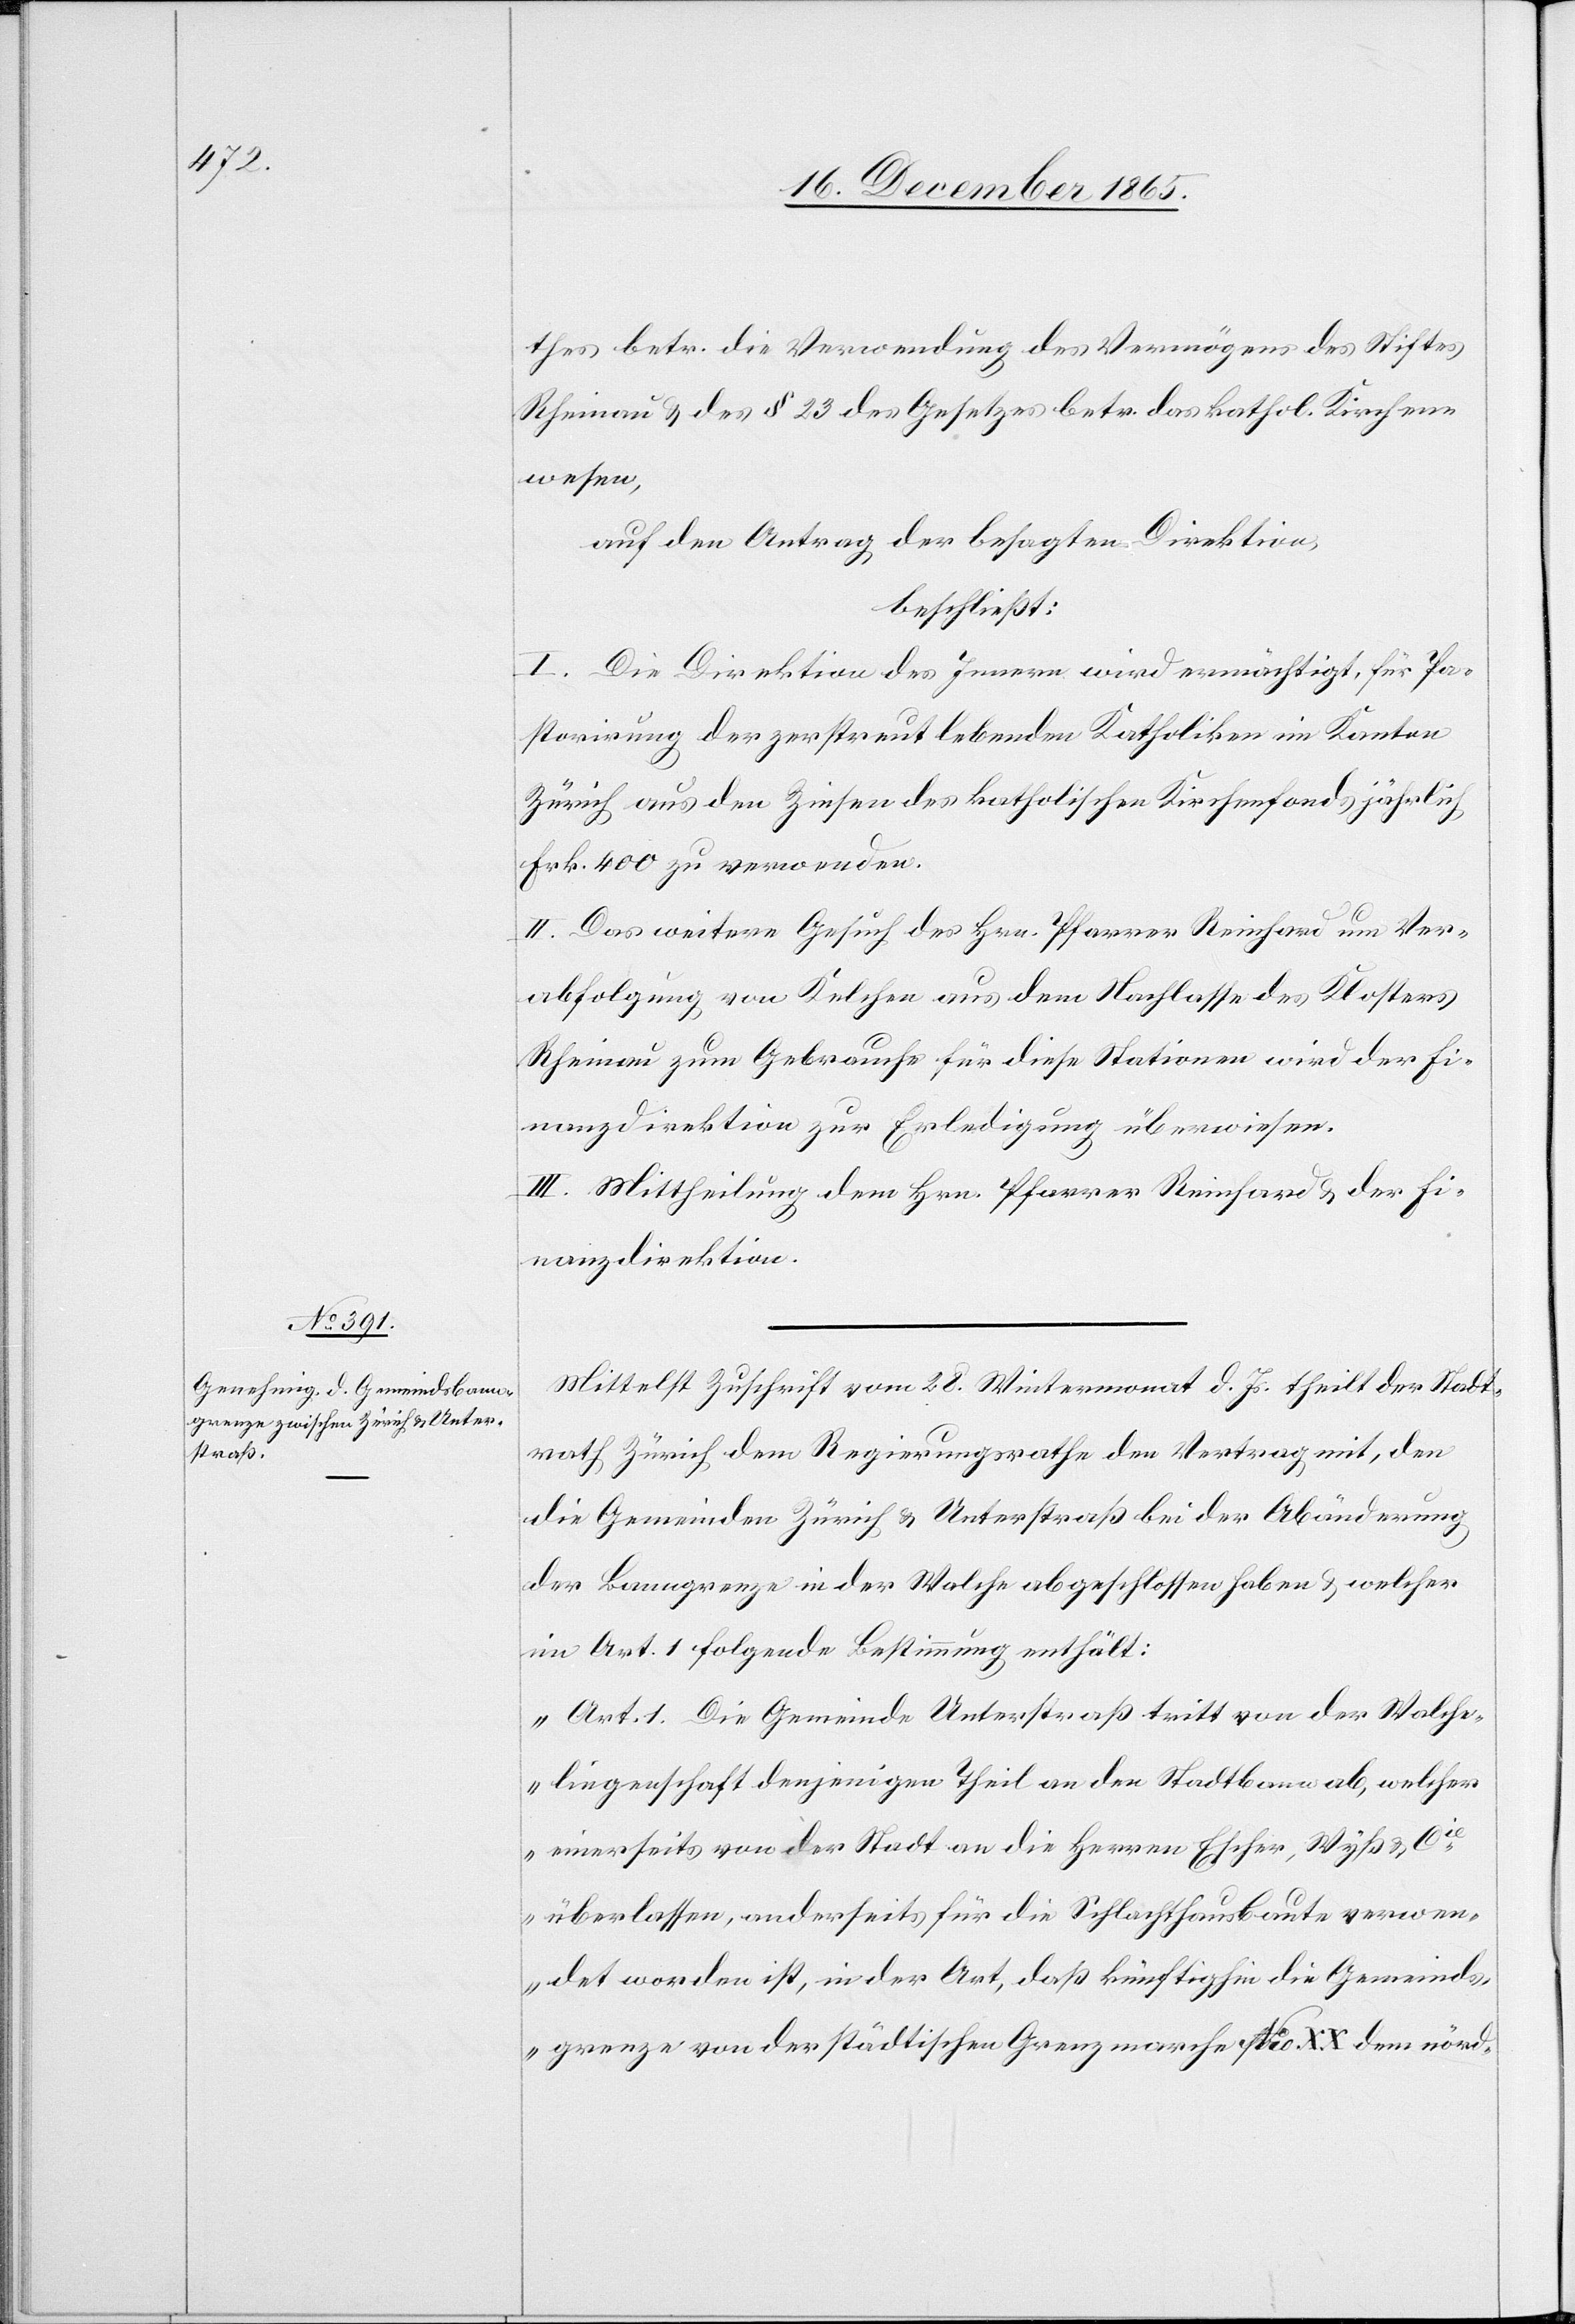
thes betr. die Verwendung des Vermögens des Stiftes
Rheinau & des § 23 des Gesetzes betr. das kathol. Kirchen¬
wesen,
auf den Antrag der besagten Direktion,
beschließt:
I. Die Direktion des Innern wird ermächtigt, für Pa¬
storirung der zerstreut lebenden Katholiken im Kanton
Zürich aus den Zinsen des katholischen Kirchenfonds jährlich
Frk. 400 zu verwenden.
II. Das weitere Gesuch des Hrn. Pfarrer Reinhard um Ver¬
abfolgung von Kelchen aus dem Nachlasse des Klosters
Rheinau zum Gebrauche für diese Stationen wird der Fi¬
nanzdirektion zur Erledigung überwiesen.
III. Mittheilung dem Hrn. Pfarrer Reinhard & der Fi¬
nanzdirektion.
Mittelst Zuschrift vom 28. Weinmonat d. Js. theilt der Stadt¬
rath Zürich dem Regierungsrathe den Vertrag mit, den
die Gemeinden Zürich & Unterstraß bei der Abänderung
der Banngrenze in der Walche abgeschlossen haben & welcher
im Art. 1 folgende Bestimmung enthält:
„Art. 1. Die Gemeinde Unterstraß tritt von der Walche¬
liegenschaft denjenigen Theil an den Stadtbann ab, welcher
einerseits von der Stadt an die Herren Escher, Wyß & Cie
überlassen, anderseits für die Schlachthausbaute verwen¬
det worden ist, in der Art, daß künftighin die Gemeind¬
sgrenze von der ständischen Grenzmarche No XX dem nörd-